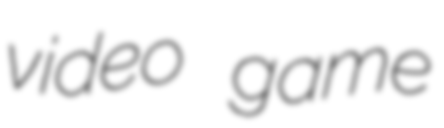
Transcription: video game